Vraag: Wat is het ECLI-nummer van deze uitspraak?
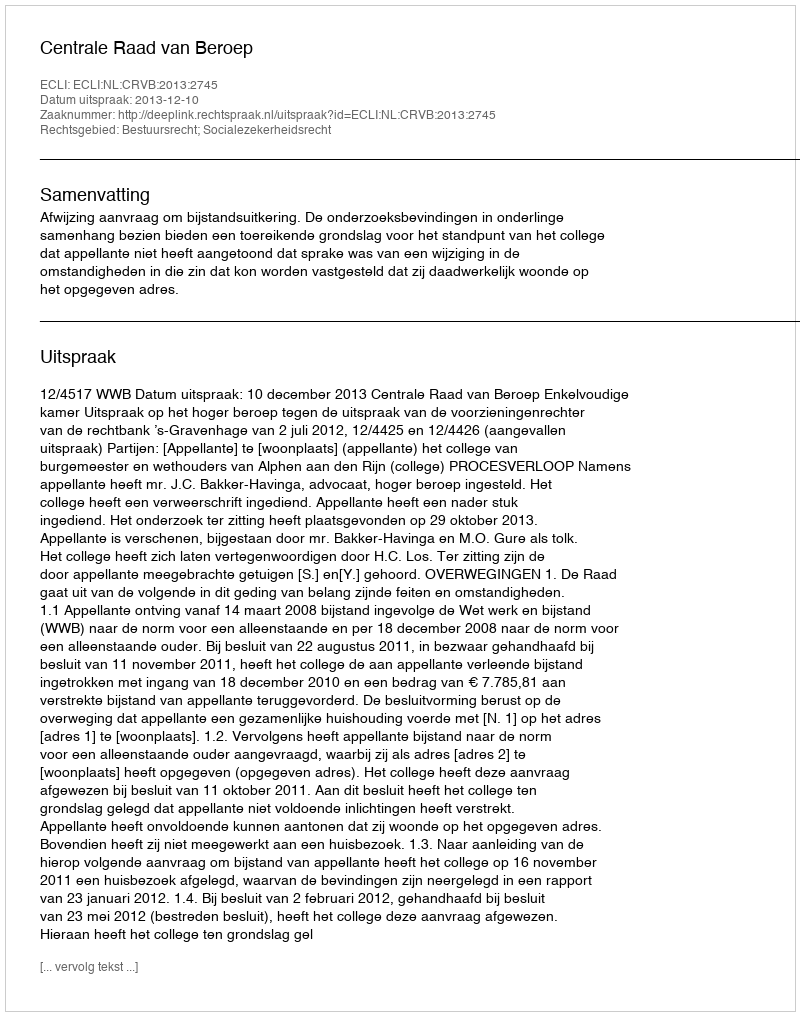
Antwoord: ECLI:NL:CRVB:2013:2745